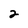
Character: 2